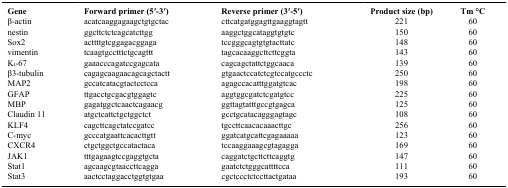
<table><thead><tr><td><b>Gene</b></td><td><b>Forward primer (5′-3′)</b></td><td><b>Reverse primer (3′-5′)</b></td><td><b>Product size (bp)</b></td><td><b>Tm °C</b></td></tr></thead><tbody><tr><td>β-actin</td><td>acatcaaggagaagctgtgctac</td><td>cttcatgatggagttgaaggtagtt</td><td>221</td><td>60</td></tr><tr><td>nestin</td><td>ggcttctctcagcatcttgg</td><td>aaggctggcataggtgtgtc</td><td>150</td><td>60</td></tr><tr><td>Sox2</td><td>acttttgtcggagacggaga</td><td>tccgggcagtgtgtacttatc</td><td>148</td><td>60</td></tr><tr><td>vimentin</td><td>tcaagtgcctttctgcagttt</td><td>tagcacaaggcttcttcggta</td><td>143</td><td>60</td></tr><tr><td>K<sub>i</sub>-67</td><td>gaaacccagatccgagcata</td><td>cagcagctattctggcaaca</td><td>139</td><td>60</td></tr><tr><td>β3-tubulin</td><td>cagagcaagaacagcagctactt</td><td>gtgaactccatctcgtccatgccctc</td><td>250</td><td>60</td></tr><tr><td>MAP2</td><td>gccatcatacgtactcctcca</td><td>agagccacatttggatgtcac</td><td>198</td><td>60</td></tr><tr><td>GFAP</td><td>ttgacctgcgacgtggagtc</td><td>aggtggcgatctcgatgtcc</td><td>225</td><td>60</td></tr><tr><td>MBP</td><td>gagatggctcaactcagaacg</td><td>ggttagtatttgccgtgagca</td><td>125</td><td>60</td></tr><tr><td>Claudin 11</td><td>atgctcattctgctggctct</td><td>gcctgcatacagggagtagc</td><td>108</td><td>60</td></tr><tr><td>KLF4</td><td>cagcttcagctatccgatcc</td><td>tgccttcaacacaaacttgc</td><td>256</td><td>60</td></tr><tr><td>C-myc</td><td>gcccatgaattcacacttgtt</td><td>ggatcatgcattcgagaaaaa</td><td>123</td><td>60</td></tr><tr><td>CXCR4</td><td>ctgctggctgccatactaca</td><td>tccaaggaaagcgtagagga</td><td>169</td><td>60</td></tr><tr><td>JAK1</td><td>tttgagaagtccgaggtgcta</td><td>caggatctgcttcttcaggtg</td><td>147</td><td>60</td></tr><tr><td>Stat1</td><td>agcaagcgtaaccttcagga</td><td>gaatctctgggcattttcca</td><td>111</td><td>60</td></tr><tr><td>Stat3</td><td>aactcctaggacctggtgtgaa</td><td>cgctccctctccttactgataa</td><td>193</td><td>60</td></tr></tbody></table>